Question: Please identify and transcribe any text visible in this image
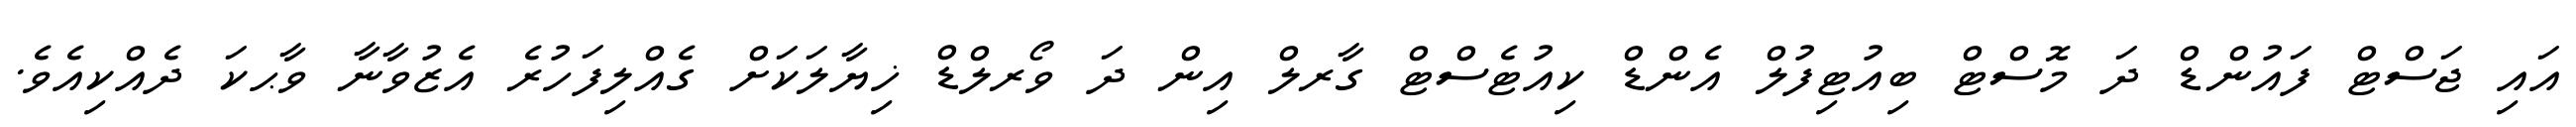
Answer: އައި ޖަސްޓް ފައުންޑް ދަ މޮސްޓް ބިއުޓިފުލް އެންޑް ކިއުޓެސްޓް ގާރލް އިން ދަ ވޯރލްޑް ޚިޔާލަކަށް ގެއްލިފަހުރެ އެޒުވާނާ ވާޙކަ ދެއްކިއެވެ.